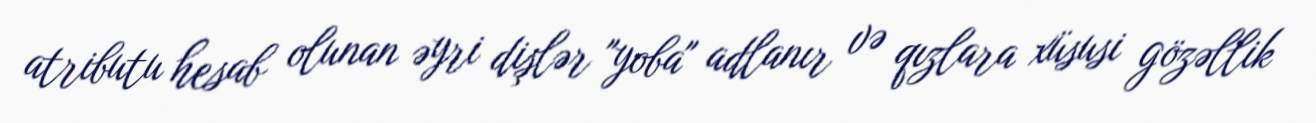
atributu hesab olunan əyri dişlər "yoba" adlanır və qızlara xüsusi gözəllik